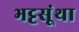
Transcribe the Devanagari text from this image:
भट्टसूंथा